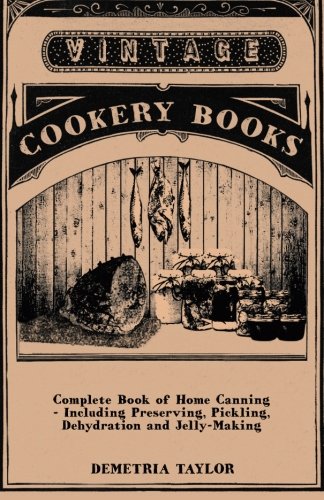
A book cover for Complete Book of Home Canning - Including Preserving, Pickling, Dehydration and Jelly-Making; Demetria Taylor; Cookbooks, Food & Wine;